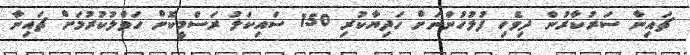
ޗައިނާ ސަރުކާރުން ދިވެހި ފުލުހުންނަށް ހަދިޔާކުރި 150 ސައިކަލު ރަސްމީކޮށް ހަވާލުކުރުމަށް ޗައިނާ